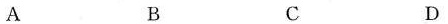
A B C D